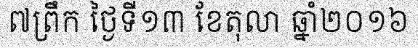
៧ព្រឹក ថ្ងៃទី១៣ ខែតុលា ឆ្នាំ២០១៦